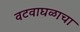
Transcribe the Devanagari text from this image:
वटवाघळाचा